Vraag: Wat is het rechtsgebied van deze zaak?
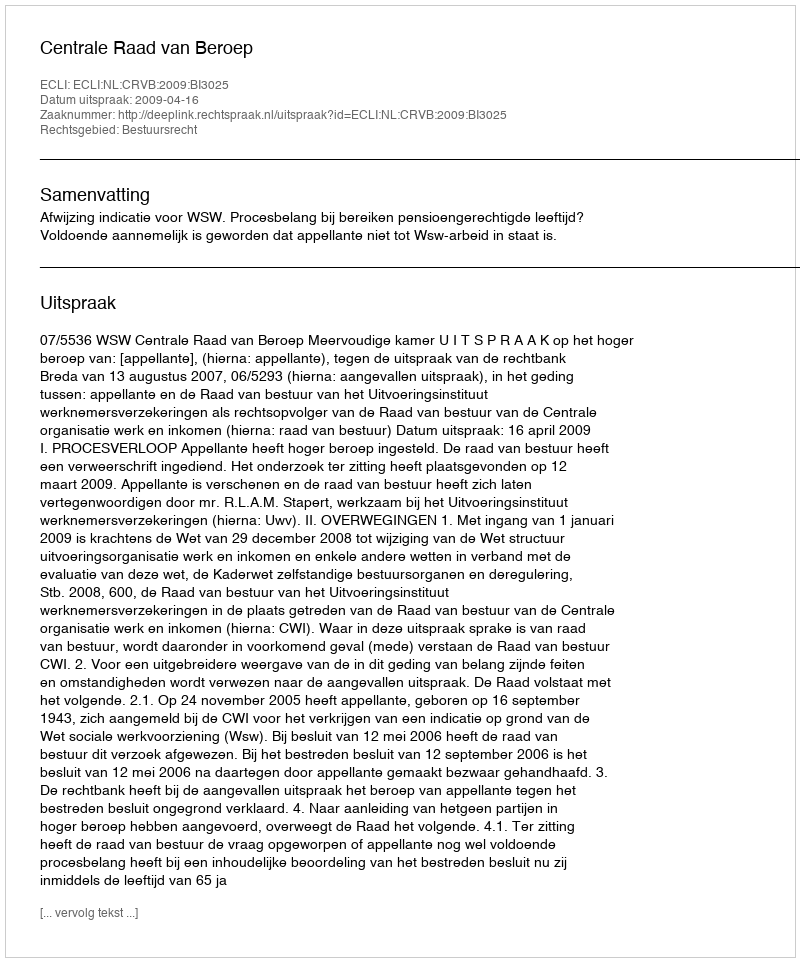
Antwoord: Bestuursrecht